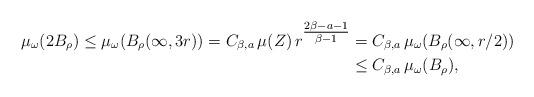
LaTeX: \begin{align*}\mu_\omega(2B_\rho)\le \mu_\omega(B_\rho(\infty,3r))=C_{\beta,a}\, \mu(Z)\, r^{\tfrac{2\beta-a-1}{\beta-1}} &= C_{\beta, a}\, \mu_\omega(B_\rho(\infty,r/2))\\ &\le C_{\beta,a}\, \mu_\omega(B_\rho),\end{align*}